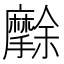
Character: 𭣒